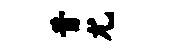
昔尤